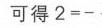
可得\(2 = -\)